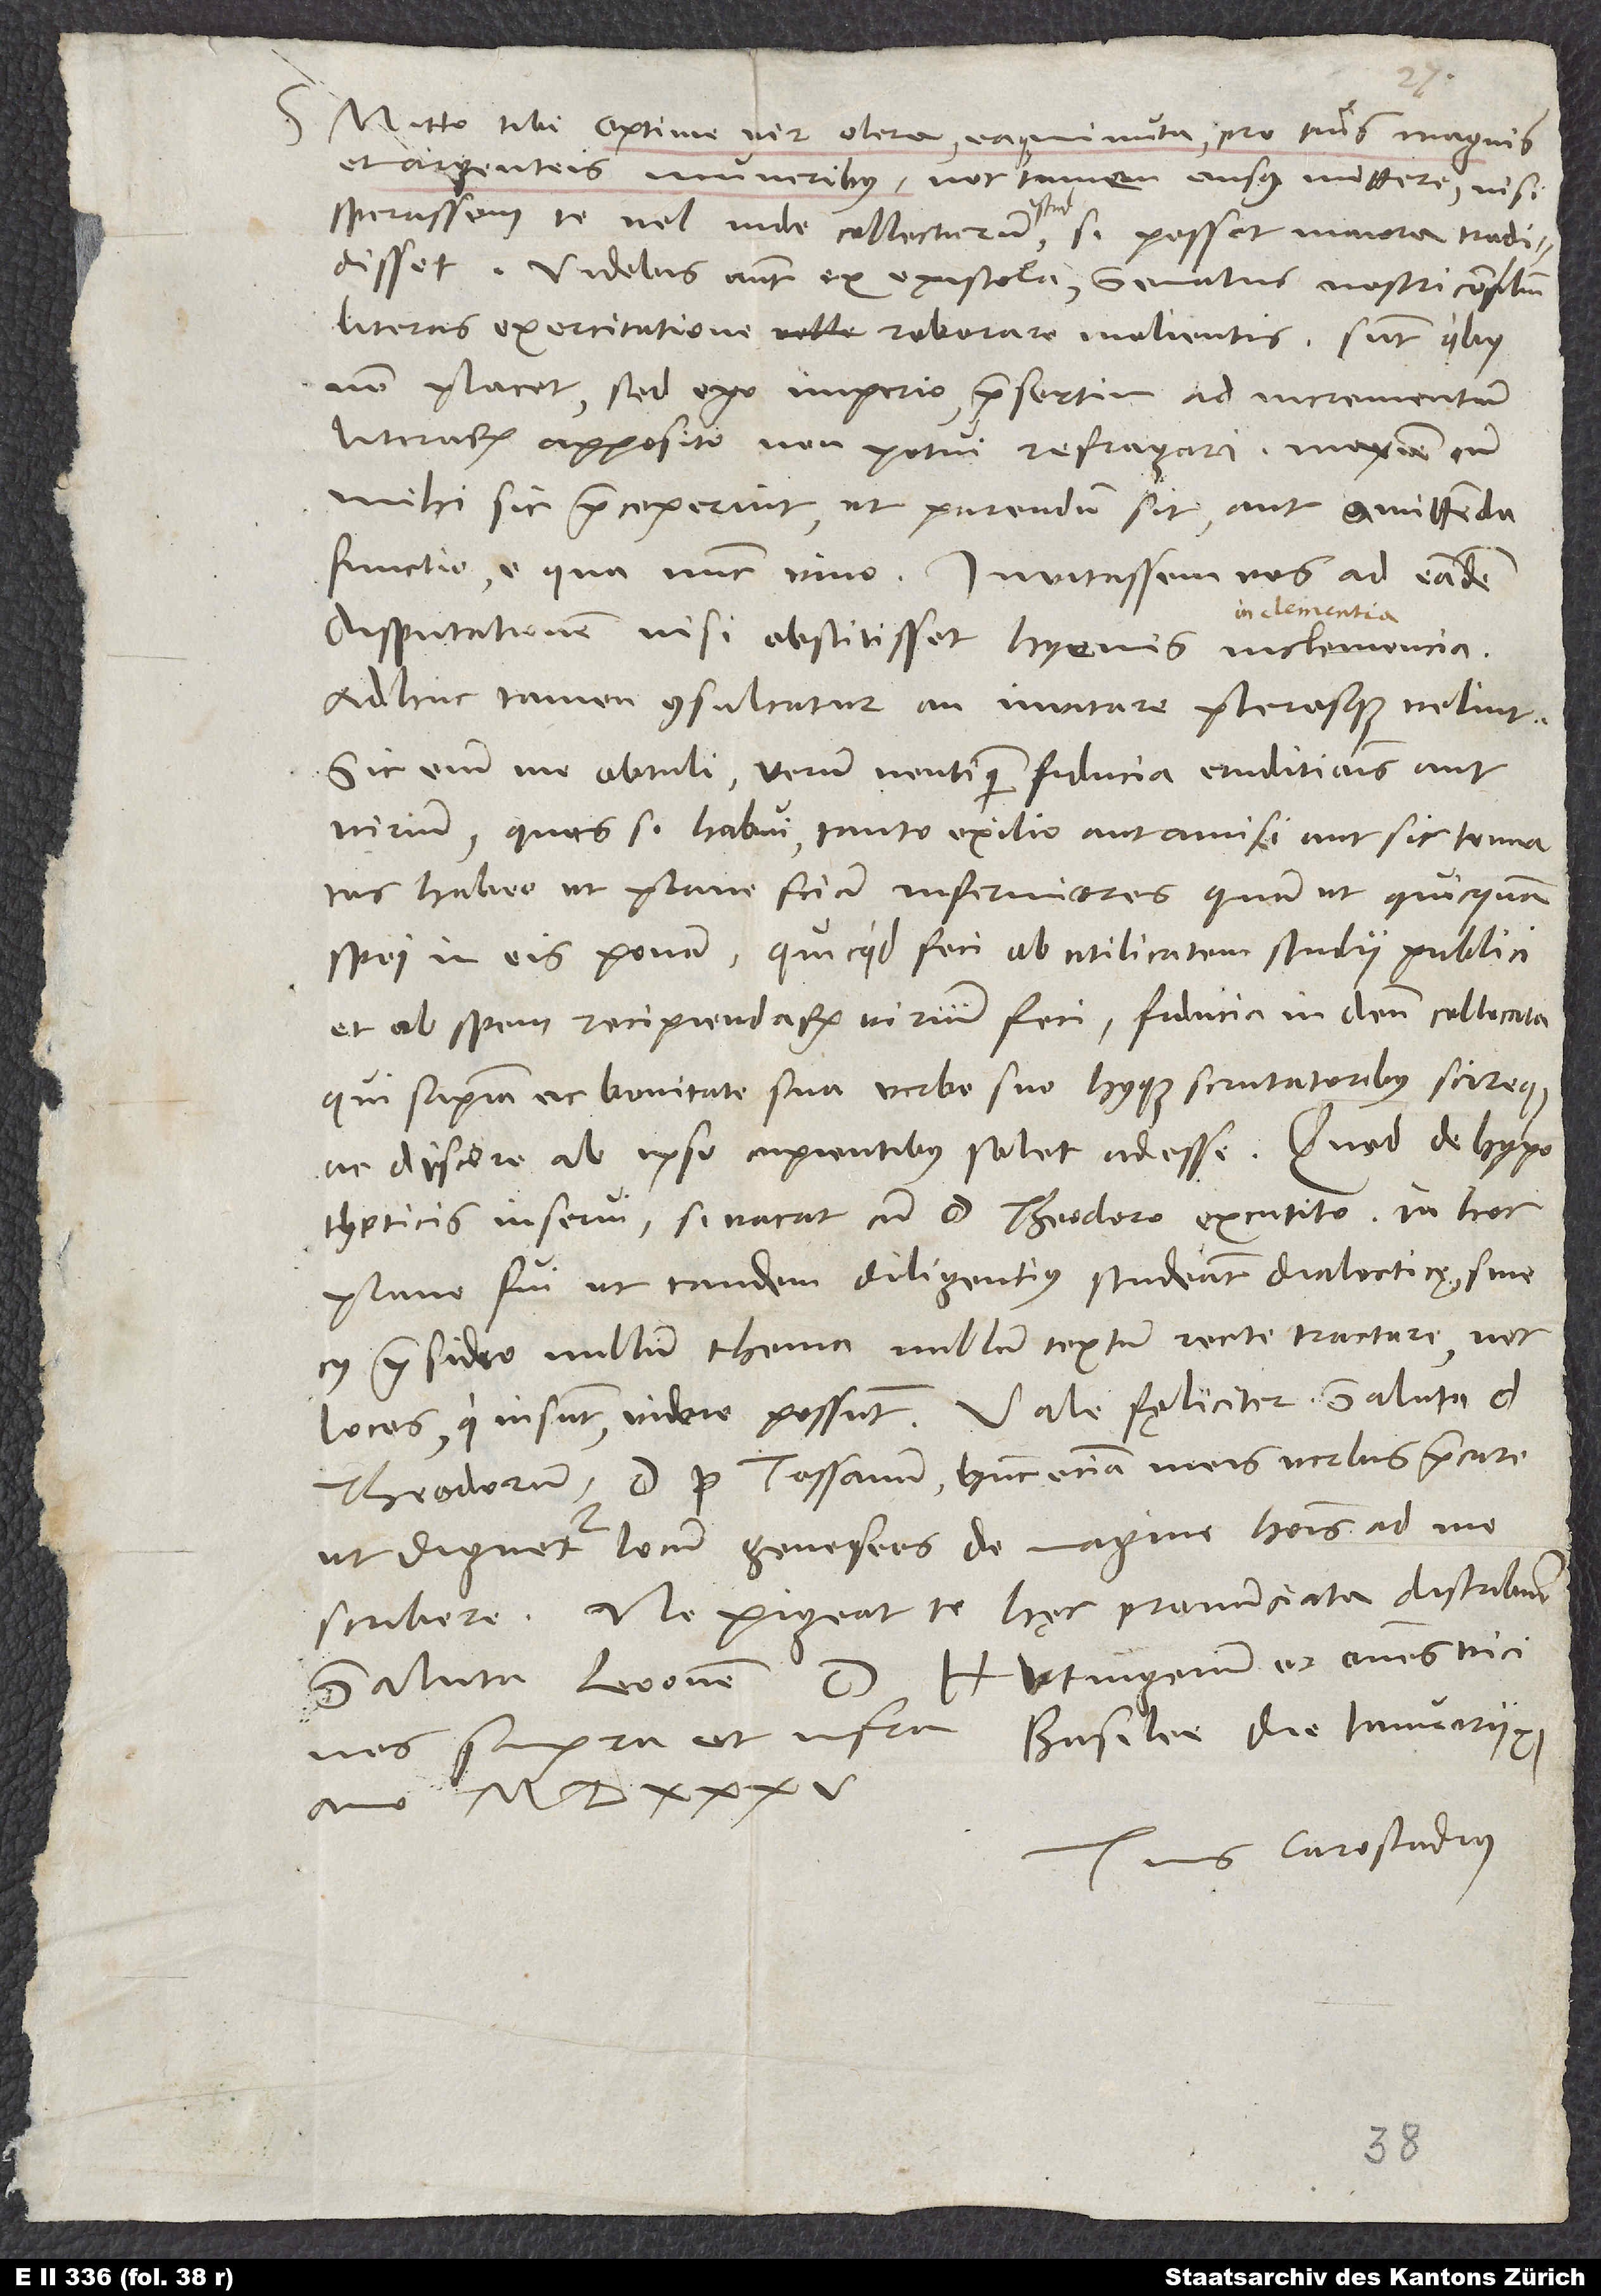
S. Mitto tibi, optime vir, olera eaque minuta pro tuis magnis
et argenteis muneribus, nec tamen ausus mittere, nisi
sperassem te vel inde collecturum istud: Si posset, majora tradidisset.
Videbis autem ex epistola senatus nostri consilium
literas exercitatione roborare molientis. Sunt, quibus
non placet, sed ego imperio praesertim ad incrementum
literarum apposito non potui refragari, maxime cum
mihi sic praeceperint, ut parendum sit aut amittenda
functio, e qua nunc vivo. Invitassem vos ad eandem
disputationem, nisi obstitisset hyemis inclemencia.
Adhuc tamen consultatur, an invitare plerosque velint.
Sic enim me obtuli, verum neutiquam fiducia eruditionis aut
virium. Quas si habui, tanto exilio aut amisi aut sic tenuatas
habeo, ut plane sciam infirmiores, quam ut quicquam
spei in eis ponam. Quicquid feci, ob utilitatem studii publici
et ob spem recipiendarum virium feci fiducia in deum collacata,
qui sapientia ac bonitate sua verbo suo huiusque scrutatoribus scireque
ac discere ab ipso cupientibus solet adesse. Quod de hypotheticis
inserui, si vacat cum d. Theodoro excutito. In hoc
plane fui, ut tandem diligentius studeant dialecticę, sine
cuius praesidio nullum thema, nullum textum recte tractare nec
locos, qui insunt, videre possunt. Vale fęliciter. Saluta d.
supra et infra. Basilee, die ianuarii
anno 1535.
Tuus Carostadius